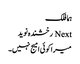
ہما فلک
Next رخشندہ نوید
میرا کوئی امیج نہیں۔